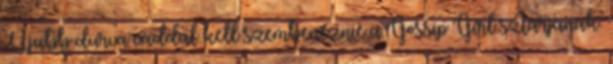
Újabb durva váddal kell szembenéznie a Gossip Girl sztárjának.